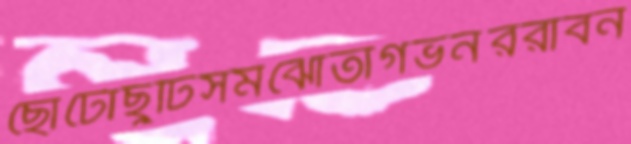
ছোটোছুটিসমঝোতাগভর্নররাবন